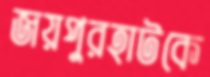
জয়পুরহাটকে